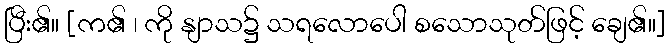
ပြီး၏။ [က၏ ၊ ကို နျာသ၌ သရလောပေါ စသောသုတ်ဖြင့် ချေ၏။]